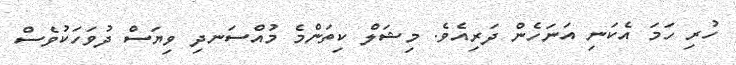
ހުރި ހަމަ އެކަނި އަނަހެން ދަރިއެވެ. މިޝަލް ކިތަންމެ މުއްސަނދި ވިޔަސް ދުވަހަކުވެސް